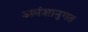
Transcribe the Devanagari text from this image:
अवंशानुगत